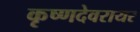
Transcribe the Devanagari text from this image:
कृष्णदेवरायर